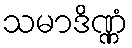
သမာဒိဏ္ဏံ